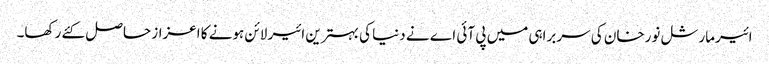
ائیرمارشل نورخان کی سربراہی میں پی آئی اے نے دنیا کی بہترین ائیر لائن ہونے کا اعزاز حاصل کئے رکھا۔